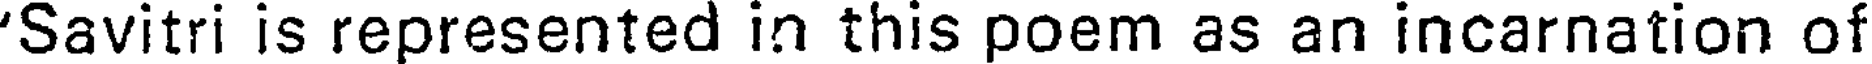
'Savitri is represented in this poem as an incarnation of